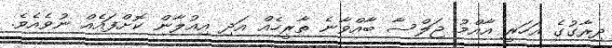
ދިރާގުގެ އަހަރީ އާއްމު ޖަލްސާ ބާއްވާނެ ތާރީހެއް އަދި އިއުލާން ކޮށްފައެއް ނުވެއެވެ.